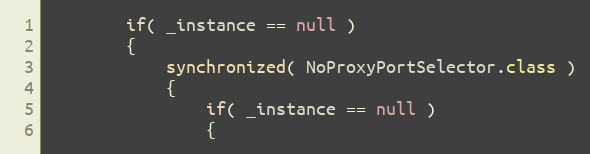
Language: Java
        if( _instance == null )
        {
            synchronized( NoProxyPortSelector.class )
            {
                if( _instance == null )
                {